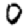
Digit: 0